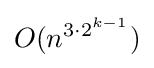
O(n^{3\cdot 2^{k-1}})